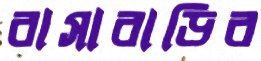
বাসাবাড়ির